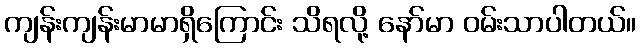
ကျန်းကျန်းမာမာရှိကြောင်း သိရလို့ နော်မာ ဝမ်းသာပါတယ်။